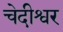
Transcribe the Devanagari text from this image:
चेदीश्वर